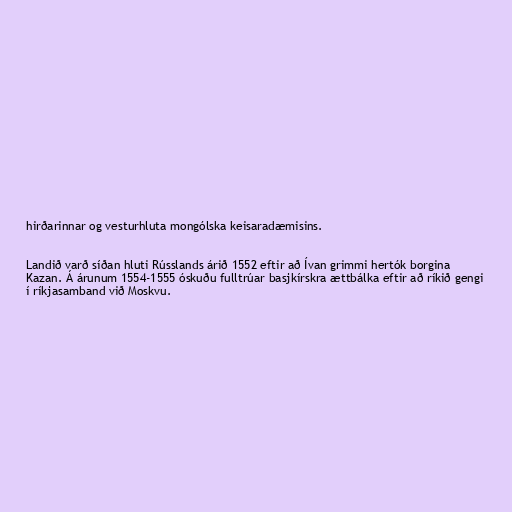
hirðarinnar og vesturhluta mongólska keisaradæmisins.

Landið varð síðan hluti Rússlands árið 1552 eftir að Ívan grimmi hertók borgina
Kazan. Á árunum 1554-1555 óskuðu fulltrúar basjkírskra ættbálka eftir að ríkið gengi
í ríkjasamband við Moskvu.